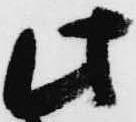
此